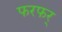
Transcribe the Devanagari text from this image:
फरफर्